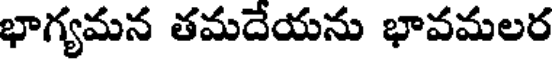
భాగ్యమన తమదేయను భావమలర